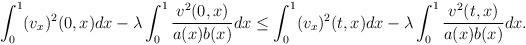
LaTeX: \begin{align*}\begin{aligned}\int_0^1 (v_x)^2(0,x)dx-\lambda\int_0^1\frac{v^2(0,x)}{a(x)b(x)}dx & \le \int_0^1(v_x)^2(t,x)dx -\lambda\int_0^1\frac{v^2(t,x)}{a(x)b(x)}dx.\end{aligned}\end{align*}